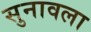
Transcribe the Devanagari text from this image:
सुनावला